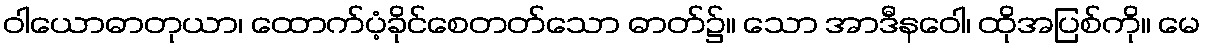
ဝါယောဓာတုယာ၊ ထောက်ပံ့ခိုင်စေတတ်သော ဓာတ်၌။ သော အာဒီနဝေါ၊ ထိုအပြစ်ကို။ မေ